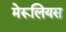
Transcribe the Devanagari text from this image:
मेरूलियस